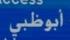
أبو